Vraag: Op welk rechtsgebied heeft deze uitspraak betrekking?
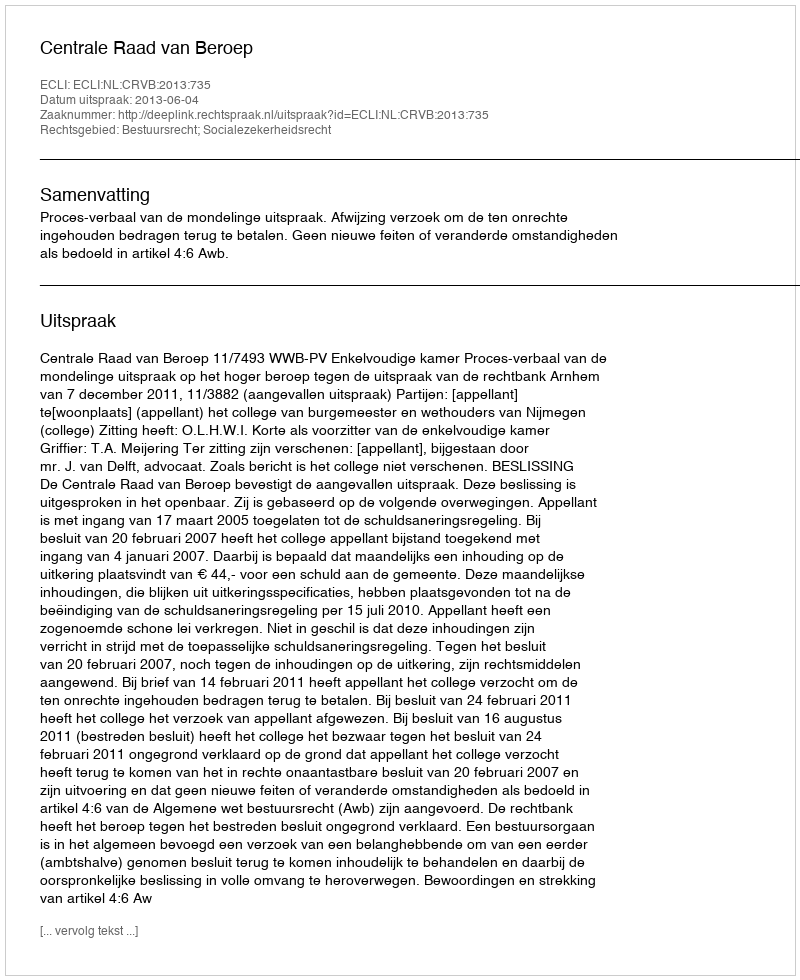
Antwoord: Bestuursrecht; Socialezekerheidsrecht